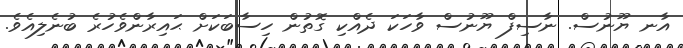
އާނ ޔޫނުސް. ނާސިފް ޔޫނުސް ވާހަކަ ދެއްކި ގޮތުން ހިސާބަކަށް ޙައިރާންވެހުރެ ބުނެލިއެވެ.